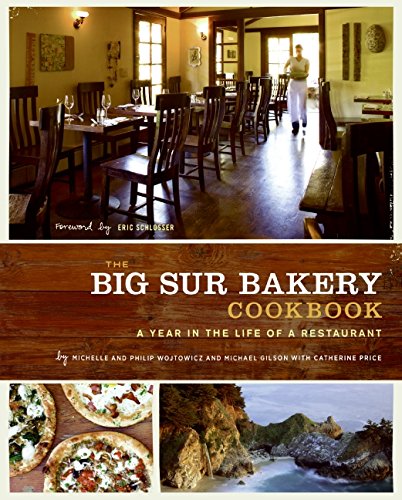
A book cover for The Big Sur Bakery Cookbook: A Year in the Life of a Restaurant; Michelle Wojtowicz; Cookbooks, Food & Wine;